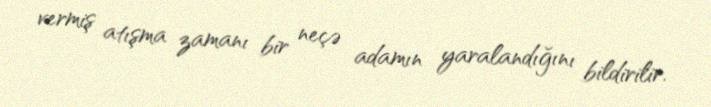
vermiş atışma zamanı bir neçə adamın yaralandığını bildirilir.